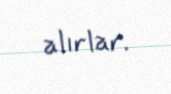
alırlar.